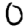
Digit: 0